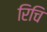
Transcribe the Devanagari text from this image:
रिचि